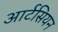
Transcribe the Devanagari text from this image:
आर्टसियन